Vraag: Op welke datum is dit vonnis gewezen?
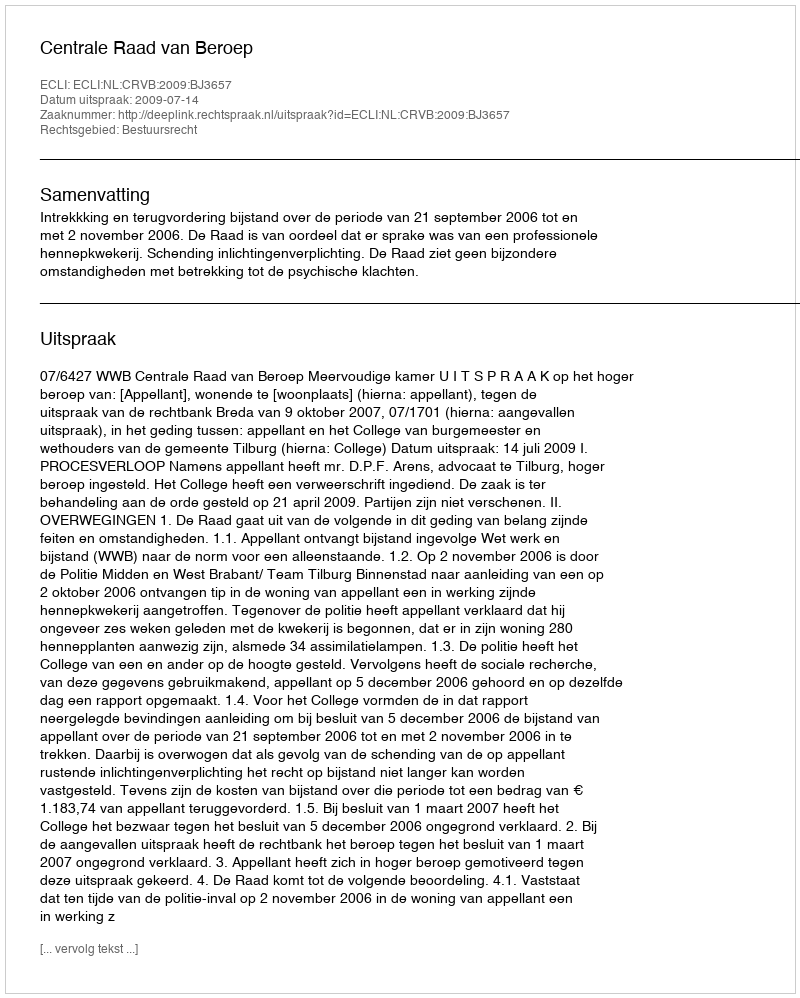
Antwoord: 2009-07-14